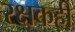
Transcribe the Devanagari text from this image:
रक्षकही